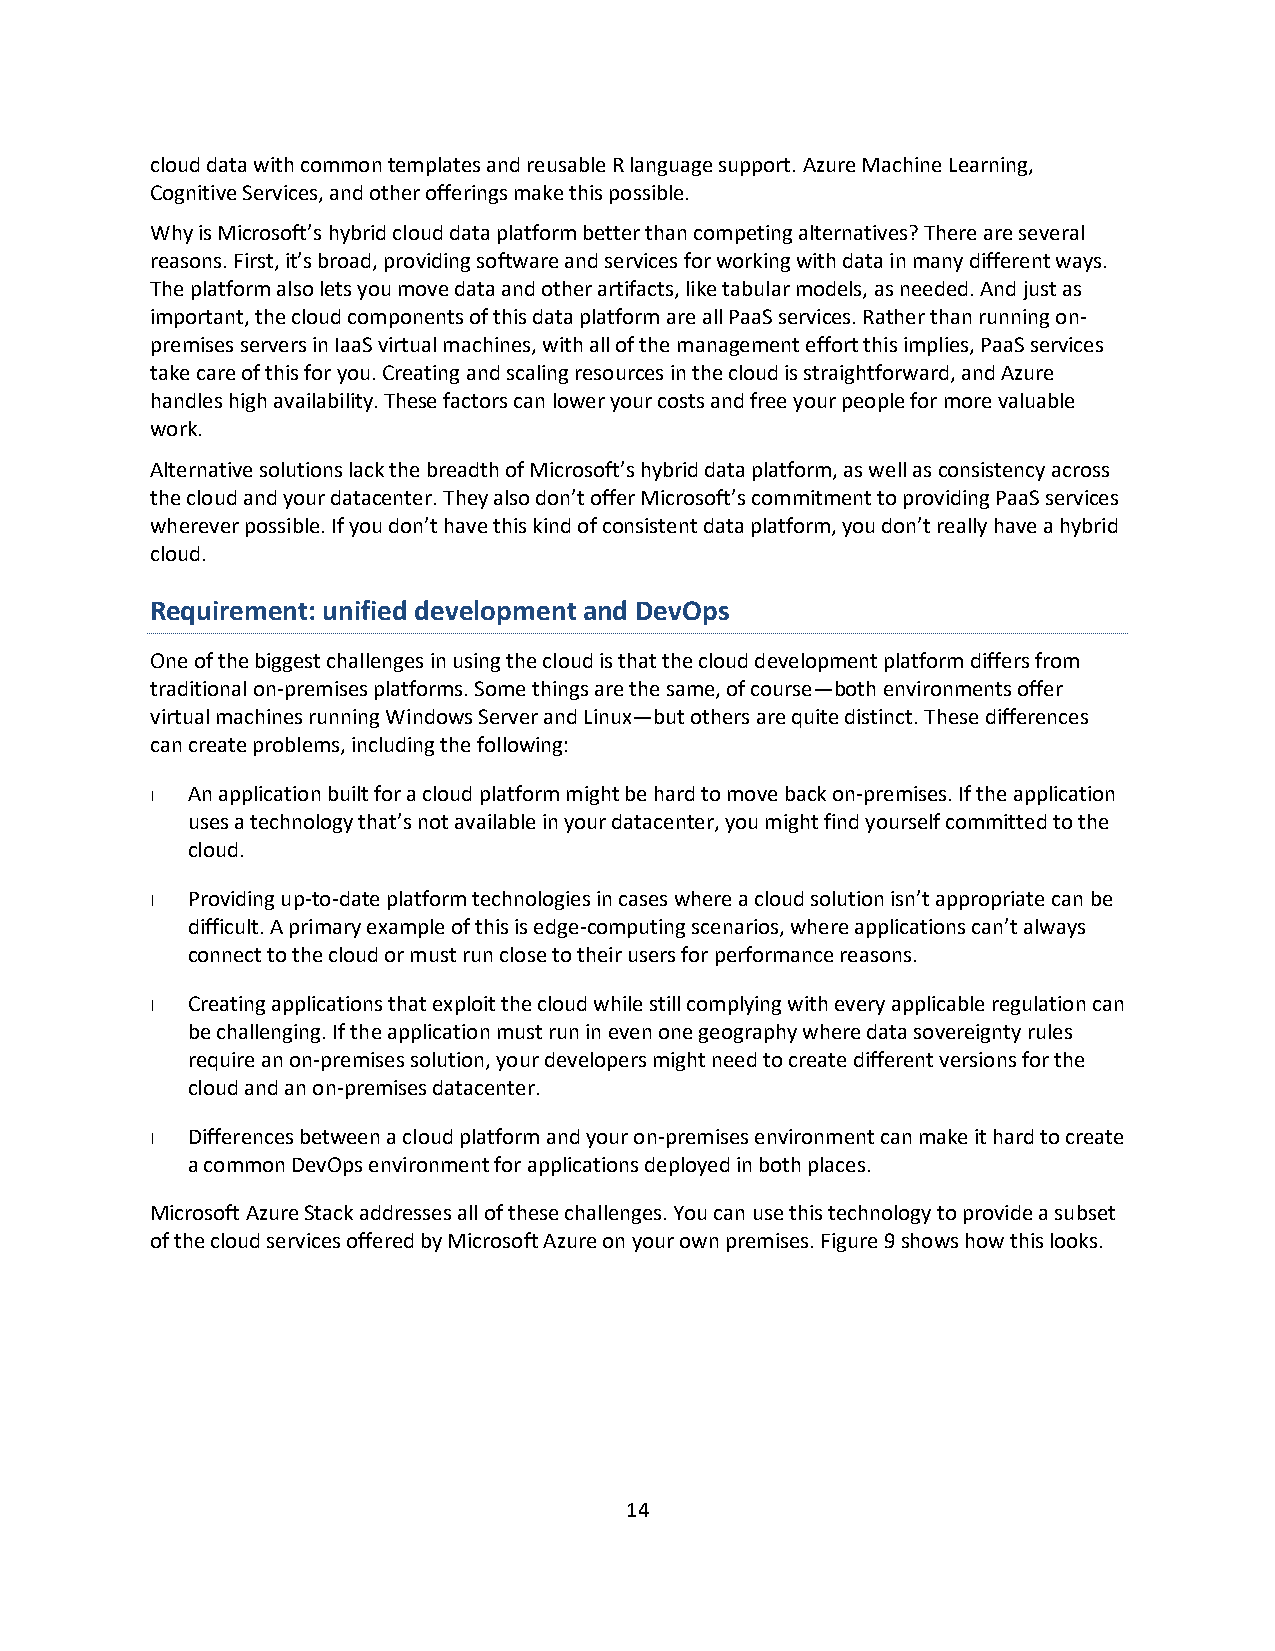
cloud data with common templates and reusable R language support. Azure Machine Learning,
 Cognitive Services, and other offerings make this possible.
 Why is Microsoft’s hybrid cloud data platform better than competing alternatives? There are several
 reasons. First, it’s broad, providing software and services for working with data in many different ways.
 The platform also lets you move data and other artifacts, like tabular models, as needed. And just as
 important, the cloud components of this data platform are all PaaS services. Rather than running on-
 premises servers in IaaS virtual machines, with all of the management effort this implies, PaaS services
 take care of this for you. Creating and scaling resources in the cloud is straightforward, and Azure
 handles high availability. These factors can lower your costs and free your people for more valuable
 work.
 Alternative solutions lack the breadth of Microsoft’s hybrid data platform, as well as consistency across
 the cloud and your datacenter. They also don’t offer Microsoft’s commitment to providing PaaS services
 wherever possible. If you don’t have this kind of consistent data platform, you don’t really have a hybrid
 cloud.
 Requirement: unified development and DevOps
 One of the biggest challenges in using the cloud is that the cloud development platform differs from
 traditional on-premises platforms. Some things are the same, of course—both environments offer
 virtual machines running Windows Server and Linux—but others are quite distinct. These differences
 can create problems, including the following:
 An application built for a cloud platform might be hard to move back on-premises. If the application
 uses a technology that’s not available in your datacenter, you might find yourself committed to the
 cloud.
 Providing up-to-date platform technologies in cases where a cloud solution isn’t appropriate can be
 difficult. A primary example of this is edge-computing scenarios, where applications can’t always
 connect to the cloud or must run close to their users for performance reasons.
 Creating applications that exploit the cloud while still complying with every applicable regulation can
 be challenging. If the application must run in even one geography where data sovereignty rules
 require an on-premises solution, your developers might need to create different versions for the
 cloud and an on-premises datacenter.
 Differences between a cloud platform and your on-premises environment can make it hard to create
 a common DevOps environment for applications deployed in both places.
 Microsoft Azure Stack addresses all of these challenges. You can use this technology to provide a subset
 of the cloud services offered by Microsoft Azure on your own premises. Figure 9 shows how this looks.
 14